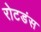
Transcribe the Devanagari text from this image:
रोटडंस